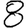
Digit: 8